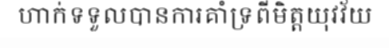
ហាក់ទទួលបានការគាំទ្រពីមិត្តយុវវ័យ